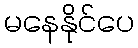
မနေနိုင်ပေ